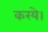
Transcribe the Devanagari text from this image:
करये।